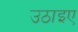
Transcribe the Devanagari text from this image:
उठाइए